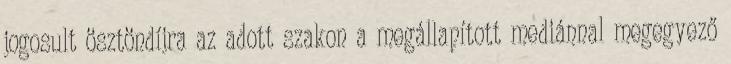
jogosult ösztöndíjra az adott szakon a megállapított mediánnal megegyező